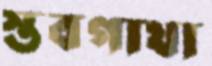
স্তবগাথা